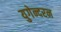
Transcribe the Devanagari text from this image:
युगेन्दरन